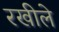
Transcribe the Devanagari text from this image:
रखीले